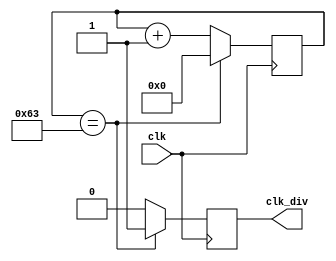
module div100 (
    input wire clk,
    output wire clk_div
);

    reg [6:0] cnt = 0;
    reg is10 = 0;
    assign clk_div = is10;

    always@(posedge clk) begin
        cnt <= cnt + 1;
        if (cnt == 7'd99) begin
            is10 <= 1;
            cnt <= 0;
        end
        else begin
            is10 <= 0;
        end
    end
    
endmodule